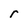
Character: r